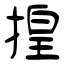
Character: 揘